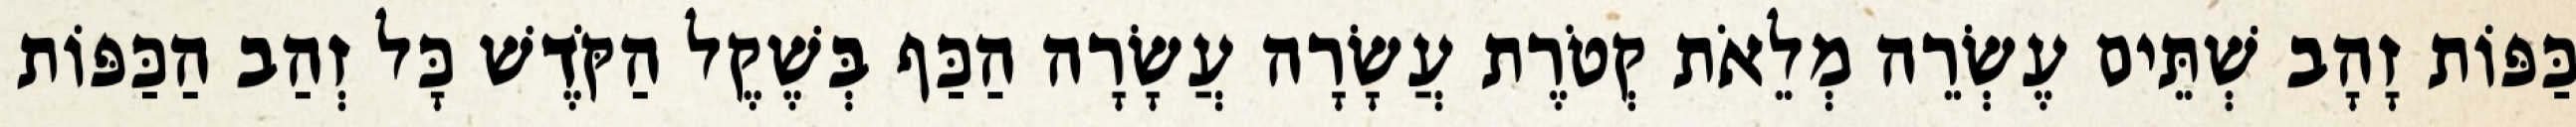
כַּפּוֹת זָהָב שְׁתֵּים עֶשְׂרֵה מְלֵאֹת קְטֹרֶת עֲשָׂרָה עֲשָׂרָה הַכַּף בְּשֶׁקֶל הַקֹּדֶשׁ כָּל זְהַב הַכַּפּוֹת